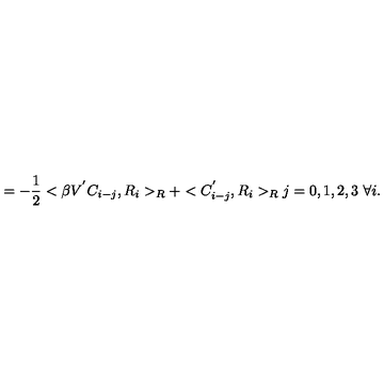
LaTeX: = - \frac { 1 } { 2 } < \beta V ^ { ' } C _ { i - j } , R _ { i } > _ { R } + < C _ { i - j } ^ { ' } , R _ { i } > _ { R } j = 0 , 1 , 2 , 3 \ \forall i .